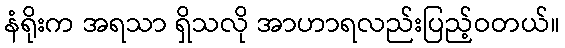
နံရိုးက အရသာ ရှိသလို အာဟာရလည်းပြည့်ဝတယ်။